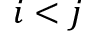
i < j